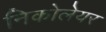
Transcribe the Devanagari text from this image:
निकोलेयर